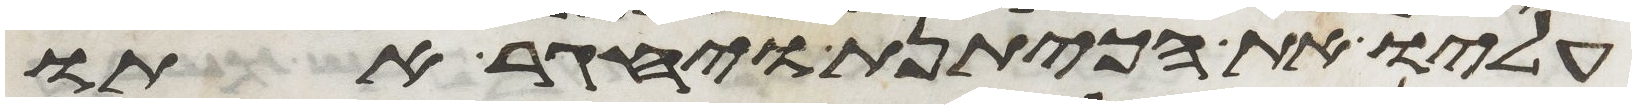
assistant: עליו את הכיתנת ויחגר אתו